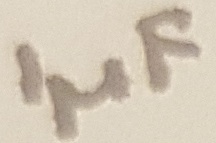
Text: 1µF